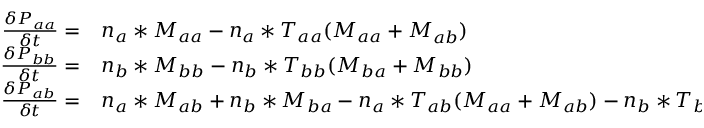
\begin{array} { r l } { \frac { \delta P _ { a a } } { \delta t } = } & { { } n _ { a } * M _ { a a } - n _ { a } * T _ { a a } ( M _ { a a } + M _ { a b } ) } \\ { \frac { \delta P _ { b b } } { \delta t } = } & { { } n _ { b } * M _ { b b } - n _ { b } * T _ { b b } ( M _ { b a } + M _ { b b } ) } \\ { \frac { \delta P _ { a b } } { \delta t } = } & { { } n _ { a } * M _ { a b } + n _ { b } * M _ { b a } - n _ { a } * T _ { a b } ( M _ { a a } + M _ { a b } ) - n _ { b } * T _ { b a } * ( M _ { b b } + M _ { b a } ) } \end{array}